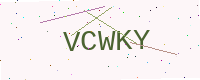
Text: VCWKY